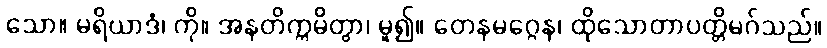
သော။ မရိယာဒံ၊ ကို။ အနတိက္ကမိတွာ၊ မူ၍။ တေနမဂ္ဂေန၊ ထိုသောတာပတ္တိမဂ်သည်။